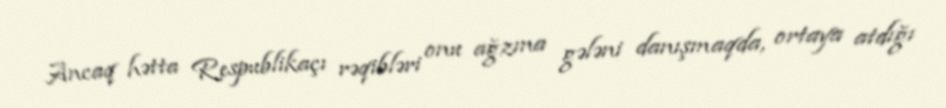
Ancaq hətta Respublikaçı rəqibləri onu ağzına gələni danışmaqda, ortaya atdığı